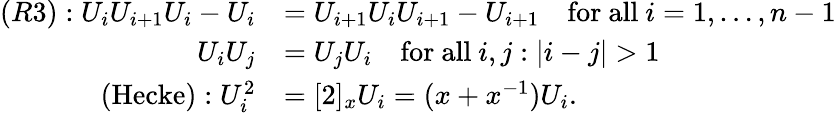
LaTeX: \begin{array}{rl}{(R3):U_{i}U_{i+1}U_{i}-U_{i}}&{=U_{i+1}U_{i}U_{i+1}-U_{i+1}\quad\mathrm{for~all~}i=1,\dots,n-1}\\ {U_{i}U_{j}}&{=U_{j}U_{i}\quad\mathrm{for~all~}i,j:|i-j|>1}\\ {(\textrm{Hecke}):U_{i}^{2}}&{=[2]_{x}U_{i}=(x+x^{-1})U_{i}.}\end{array}